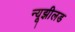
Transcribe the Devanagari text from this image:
न्यूझीलड